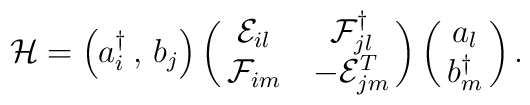
\mathcal{H} = \left(a_i^\dagger \,,\,  b_j \right)\pmatrix{\mathcal{E}_{il} & \mathcal{F}_{jl}^\dagger \cr\mathcal{F}_{im} & - \mathcal{E}_{jm}^T}\pmatrix{a_l \cr b_m^\dagger}.